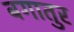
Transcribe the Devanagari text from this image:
बगातुर